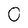
Character: 0